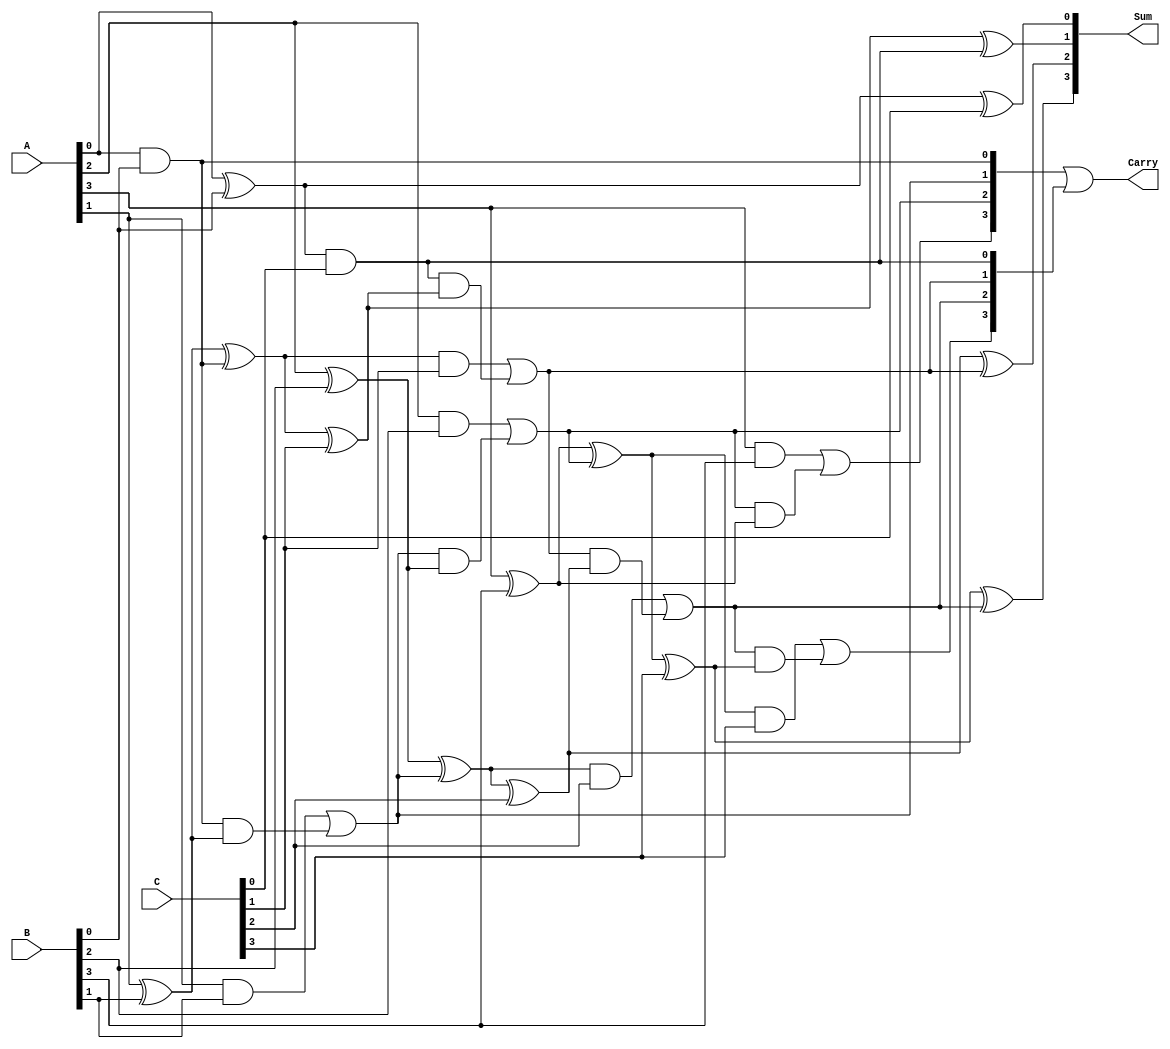
module CarrySaveAdder #(parameter n = 4) (
    input [n-1:0] A,      // First operand
    input [n-1:0] B,      // Second operand
    input [n-1:0] C,      // Third operand
    output [n-1:0] Sum,   // Sum output
    output [n-1:0] Carry   // Carry output
);

    // Intermediate signals for the carry and sum
    wire [n-1:0] sum_ab;  // Sum of A and B
    wire [n-1:0] carry_ab; // Carry from A and B
    wire [n-1:0] sum_abc;  // Final sum output
    wire [n-1:0] carry_abc; // Final carry output

    // Full Adder for A and B
    genvar i;
    generate
        for (i = 0; i < n; i = i + 1) begin : full_adder_ab
            if (i == 0) begin
                assign sum_ab[i] = A[i] ^ B[i];
                assign carry_ab[i] = A[i] & B[i];
            end else begin
                assign sum_ab[i] = A[i] ^ B[i] ^ carry_ab[i-1];
                assign carry_ab[i] = (A[i] & B[i]) | (carry_ab[i-1] & (A[i] ^ B[i]));
            end
        end
    endgenerate

    // Full Adder for sum_ab and C
    generate
        for (i = 0; i < n; i = i + 1) begin : full_adder_abc
            if (i == 0) begin
                assign sum_abc[i] = sum_ab[i] ^ C[i];
                assign carry_abc[i] = sum_ab[i] & C[i];
            end else begin
                assign sum_abc[i] = sum_ab[i] ^ C[i] ^ carry_abc[i-1];
                assign carry_abc[i] = (sum_ab[i] & C[i]) | (carry_abc[i-1] & (sum_ab[i] ^ C[i]));
            end
        end
    endgenerate

    // Assign final outputs
    assign Sum = sum_abc;
    assign Carry = carry_ab | carry_abc;

endmodule